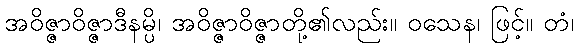
အဝိဇ္ဇာဝိဇ္ဇာဒီနမ္ပိ၊ အဝိဇ္ဇာဝိဇ္ဇာတို့၏လည်း။ ဝသေန၊ ဖြင့်။ တံ၊